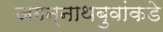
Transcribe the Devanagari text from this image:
जगन्नाथबुवांकडे